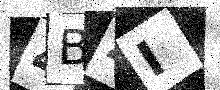
Text: 4BZI